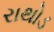
રાથોડ